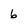
Character: 6